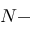
N -